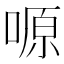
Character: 𠺿